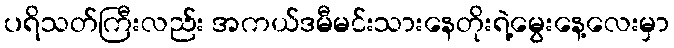
ပရိသတ်ကြီးလည်း အကယ်ဒမီမင်းသားနေတိုးရဲ့မွေးနေ့လေးမှာ